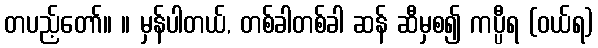
တပည့်တော်။ ။ မှန်ပါတယ်, တစ်ခါတစ်ခါ ဆန် ဆီမှစ၍ ကပ္ပီရ (ဝယ်ရ)